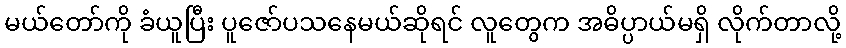
မယ်တော်ကို ခံယူပြီး ပူဇော်ပသနေမယ်ဆိုရင် လူတွေက အဓိပ္ပာယ်မရှိ လိုက်တာလို့